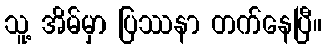
သူ့ အိမ်မှာ ပြဿနာ တက်နေပြီ။